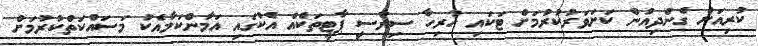
ކުރިއަށް ގެންދިއުން ކަށަވަރުކުރުމަށް ޓަކައި ހުރިހާ ސިޔާސީ ޕާޓީތަކެއް އެކުގައި އަމާންކަމާއެކު މަސައްކަތްކުރުމަށް